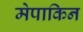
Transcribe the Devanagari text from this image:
मेपाकिन